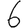
Digit: 6